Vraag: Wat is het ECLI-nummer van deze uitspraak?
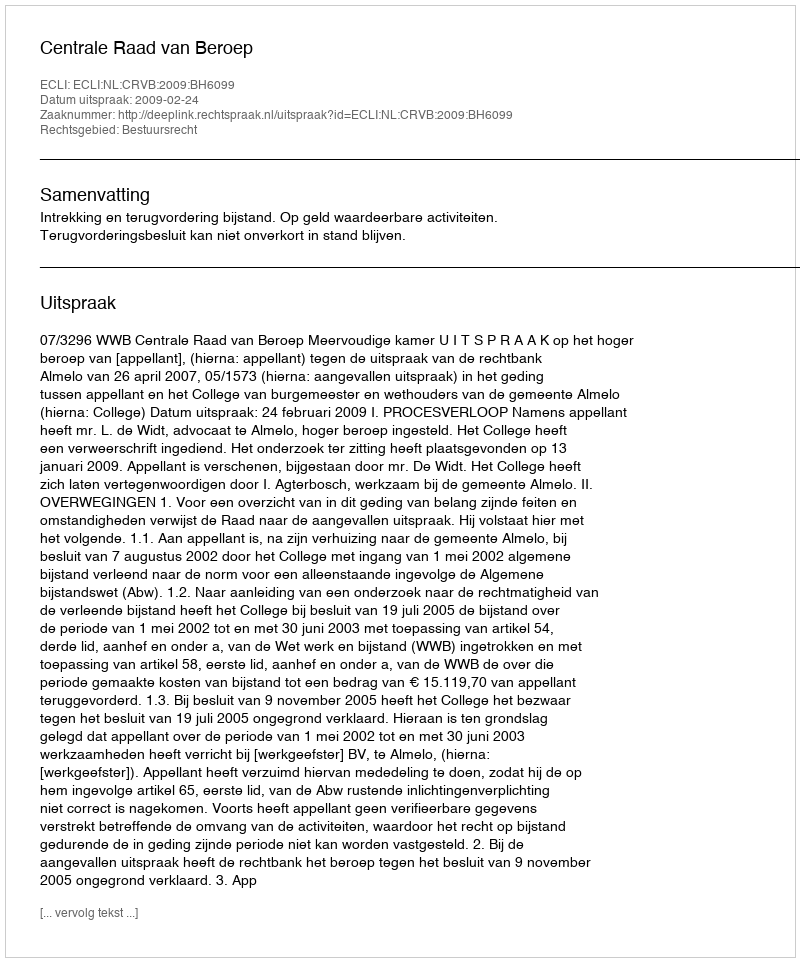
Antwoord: ECLI:NL:CRVB:2009:BH6099